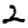
Digit: 2